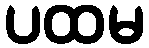
ပထမ